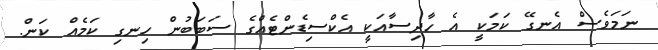
ނަމަވެސް އެނގޭ ކަމަކީ އެ ހާދިސާއަކީ އެކްސިޑެންޓެއްގެ ސަބަބުން ހިނގި ކަމެއް ކަން.